Medical and sanitary report of the native army of Bengal for the year
Year: 1877
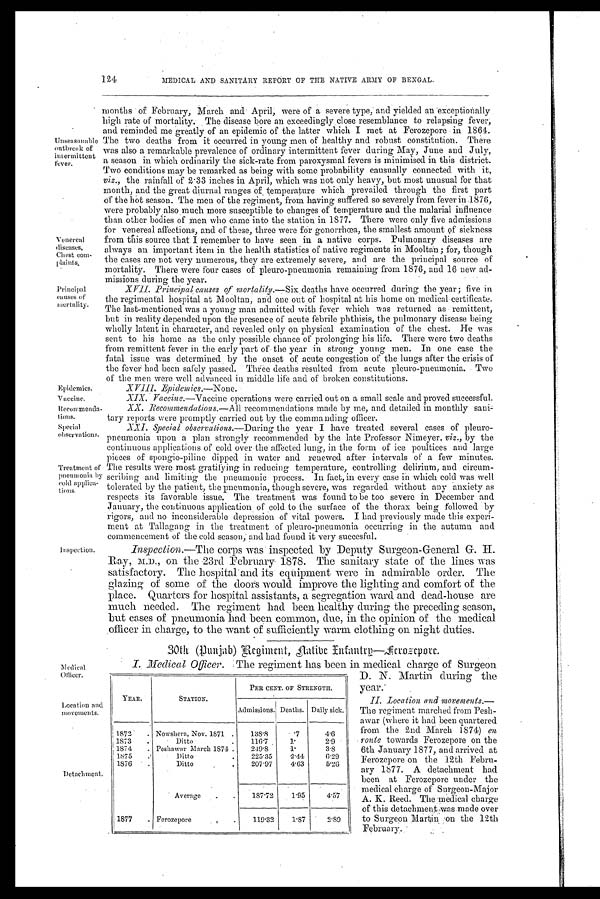
Venereal
diseases,
Chest com-
plaints.
Principal
causes of
mortality.
Epidemics.
Vaccine.
Recommenda-
tions.
Special
observations.
Treatment of
pneumonia by
cold applica
t i o n s .
Medical
officer.
Location and
movements.
Detachment.
124
MEDICAL AND SANITARY REPORT OF THE NATIVE ARMY OF BENGAL.
Unseasonble
ontbreak of
intermittent
fever.
Inspection.
months of February, March and April; were of a severe type, and yielded an exceptionally
high rate of mortality. The disease bore an exceedingly close resemblance to relapsing fever;
and reminded me greatly of an epidemic of the latter which I met at Ferozepore 1864.
The two deaths from it occurred in young men of healthy and robust constitution. There
was also a remarkable prevalence of ordinary intermittent fever during May, June and July,
a season in which ordinarily the sick-rate from paroxysmal fevers is minimised in this district.
Two conditions may be remarked as being with some probability causually connected with it,
viz., the rainfall of 2.33 inches in April, which was not only heavy, but most unusual for that
month, and the great diurnal ranges of , temperature which prevailed through the first part
of the hot season. The men of the regiment, from having suffered so severely from fever in 1876,
w ere probably also much more susceptible to changes of temperature and the malarial influence
than other bodies of Men who came into the station in 1877. There were only five admissions
for venereal affections, and of these, three were for gonorrhœa, the smallest amount of sickness
from this source that I remember to have seen in a native corps. Pulmonary diseases are
always an important item in the health statistics of native regiments in Mooltan; for, though
the cases are not very numerous, they are extremely severe, and are the principal source of
mortality. There were four cases of pleuro-pneumonia remaining from 1876, and 16 new ad-
missions during the year.
XVII. Principal causes of mortality.—Six deaths have occurred during the year; five in
the regimental hospital at Mooltan, and one out of hospital at his home on medical certificate.
The last-mentioned was a young man admitted with fever which was returned as remittent,
but in reality depended upon the presence of acute febrile phthisis, the pulmonary disease being
wholly latent in character, and revealed only on physical examination of the chest. He was
sent to his home as the only possible chance of prolonging his life. There were two deaths
from remittent fever in the early part of the year in strong young men. In one case the
fatal issue was determined by the onset of acute congestion of the lungs after the crisis of
the fever had been safely passed. Three deaths resulted from acute pleuro-pneumonia. Two
of the men were well advanced in middle life and of broken constitutions.
XVIII.
Epidemics.—None.
XIX. Vaccine.—Vaccine operations were carried out on a small scale and proved successful.
XX. Recommendations.—All recommendations made by me, and detailed in monthly sa
nitary reports were promptly carried out by the commanding officer.
XXI. Special observalions.— During the year I have treated several cases of pleuro-
pneumonia upon a plan strongly recommended by the late Professor Nimeyer, viz ., by the
continuous applications of cold over the affected lung, in the form of ice poultices and large
pieces of spongio-piline dipped in water and renewed after intervals of a few minutes.
The results were most gratifying in reducing temperature, controlling delirium, and circum-
scribing and limiting the pneumonic process. In fact, in every case in which cold was well
tolerated by the patient, the pneumonia, though severe, was regarded without any anxiety as
respects its favorable issue. The. treatment was found to be too severe in December and
January, the continuous application of cold to the surface of the thorax being followed by
rigors, and no inconsiderable depression of vital powers. I had previously made this experi-
ment at Tallagang in the treatment of pleuro-pneumonia occurring in the autumn and
commencement of the cold season; and had found it very succesful.
Inspection.—The corps was inspected by Deputy Surgeon-General G. H.
Ray, M.D., on the 23rd February 1878. The sanitary state of the lines was
satisfactory. The hospital and its equipment were in admirable order. The
glazing of some of the doors would improve the lighting and comfort of the
place. Quarters for hospital assistants, a segregation ward and dead-house are
much needed. The regiment had been healthy during the preceding season,
but cases of pneumonia had been common, due, in the opinion of the medical
officer in charge, to the want of sufficiently warm clothing on night duties.
clothing
30th (Punjab) Regiment, Infantry—Acro cpore.
Medi cal Offi cer. The regi ment has been i n medi cal charge of Surgeon
D. N. Martin during the
year.'
II . Location and movements.—
The regiment marched from Pesh-
awar (where it had been quartered
from the 2nd March 1874) en
route towards Ferozepore on the
6th January 1877, and arrived at
Ferozepore on the 12th Febru-
ary 1877. A detachment had
been at Ferozepore under the
medical charge of Surgeon-Major
A. K. Reed. The medical charge
of this detachment was made over
to Surgeon Martin on the 12th
February.
YEAR.
STATION.
PER CENT. OF STRENGTH.
Admissions. Deaths. Daily sick.
1872
.
Nowshera, Nov. 1871 .
138.8
. 7
4.6
1873
Ditto •
.
116.7
1.
2.9
1874
. Peshawar March 1874 .
249.8
1.
3.8
1875
.
Ditto
. 225.35
2.44
6.29
1876
.
Ditto
.
207.97
4.63
5.26
Average
.
.
187.72
1.95
4.57
1877
. Ferozepore
. .
119.32
1.87
2.80